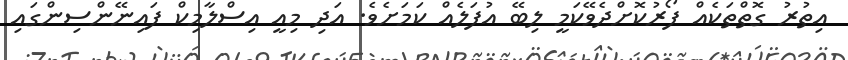
އިތުރު ގޮތްތަކެއް ފޯރުކޮށްދެވޭކަމީ ލިބޭ އުފަލެއް ކަމަށެވެ. އަދި މިއީ އިސްލާމިކް ފައިނޭންސިންގައި